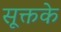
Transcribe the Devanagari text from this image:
सूक्तके